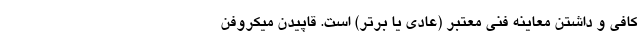
کافی و داشتن معاینه فنی معتبر (عادی یا برتر) است. قاپیدن میکروفن